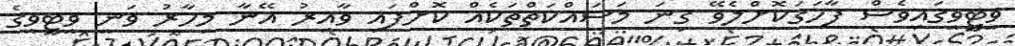
ވީޓީވީގައިވެސް ފާހަގަކޮށްލެވޭ ގިނަ މަސައްކަތްތަކެއް ކޮށްފައި ވާއިރު އޭނާ މިހާރު ވަނީ ވީޓީވީގެ